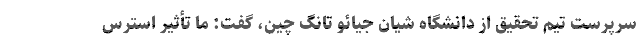
سرپرست تیم تحقیق از دانشگاه شیان جیائو تانگ چین، گفت: ما تأثیر استرس